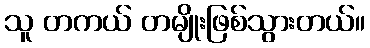
သူ တကယ် တမျိုးဖြစ်သွားတယ်။